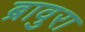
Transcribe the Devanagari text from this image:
ब्रावुरा